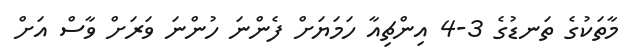
މާތަކުގެ ތަނޑުގެ 3-4 އިންޗިއާ ހަމަޔަށް ފެންނަ ހުންނަ ވަރަށް ވާސް އަށް